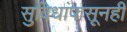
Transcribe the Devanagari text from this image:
सुविधांपासूनही